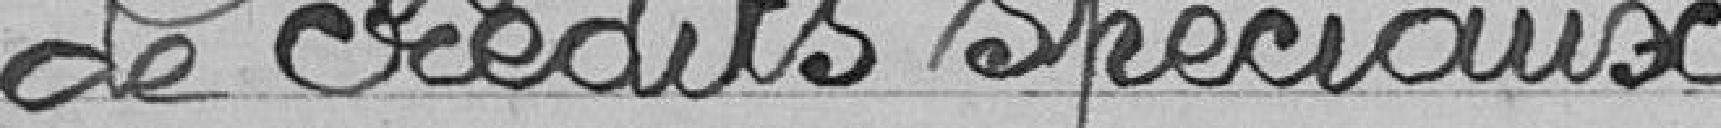
de crédits spéciaux